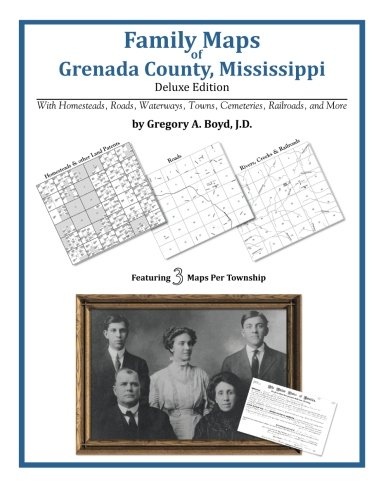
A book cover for Family Maps of Grenada County, Mississippi; Gregory A Boyd J.D.; Travel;